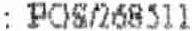
: POS/268511